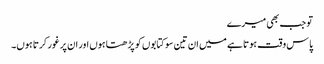
تو جب بھی میرے
پاس وقت ہوتا ہے میں ان تین سو کتابوں کو پڑھتا ہوں اور ان پر غور کرتا ہوں۔